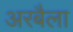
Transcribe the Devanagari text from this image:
अरबैला